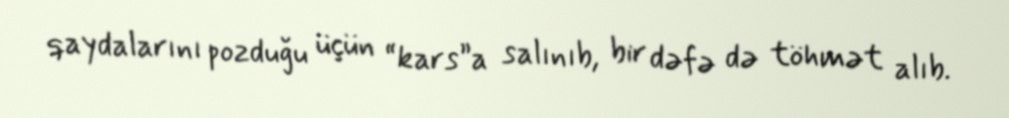
qaydalarını pozduğu üçün “kars”a salınıb, bir dəfə də töhmət alıb.